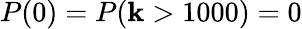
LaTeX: P(0)=P(\mathbf{k}>1000)=0